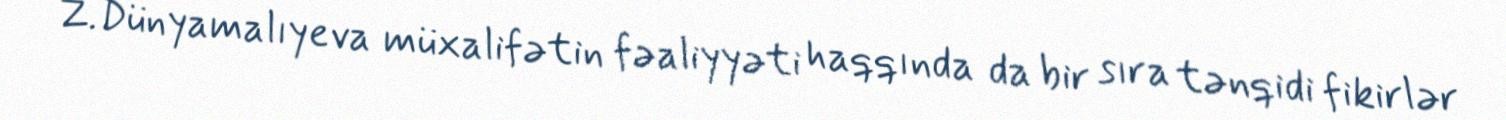
Z.Dünyamalıyeva müxalifətin fəaliyyəti haqqında da bir sıra tənqidi fikirlər